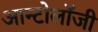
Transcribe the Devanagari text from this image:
आन्टोलॉजी